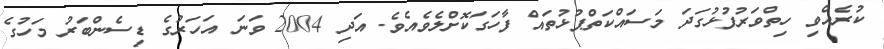
ކުރެއްވި ހިތްވަރުފުޅުގަދަ މަސައްކަތްޕުޅުތައް ފާހަގަކޮށްލެވެއެވެ. އަދި 2004 ވަނަ އަހަރުގެ ޑިސެންބަރު މަހުގެ